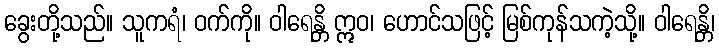
ခွေးတို့သည်။ သူကရံ၊ ဝက်ကို။ ဝါရေန္တိ ဣဝ၊ ဟောင်သဖြင့် မြစ်ကုန်သကဲ့သို့။ ဝါရေန္တိ၊